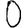
Digit: 0